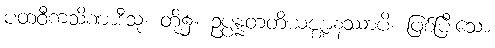
ပထဝီကသိဏာဒီသု၊ တို့၌။ ဥပ္ပန္နတတိယဇ္ဈာနဿာပိ၊ ဖြစ်ပြီးသော